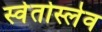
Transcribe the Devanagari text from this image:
स्वेतोस्लेव